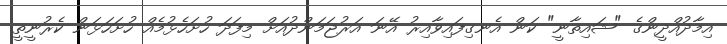
އިމާދުއްދީންގެ "ޝައިތާނީ" ކަން އެނގިފައިވާއިރު އޭނަ އަރުޖަމަންދުއަށް މިފަދަ ހުށަހެޅުމެއް ހުށަހަޅަން ކެރުނީތީ